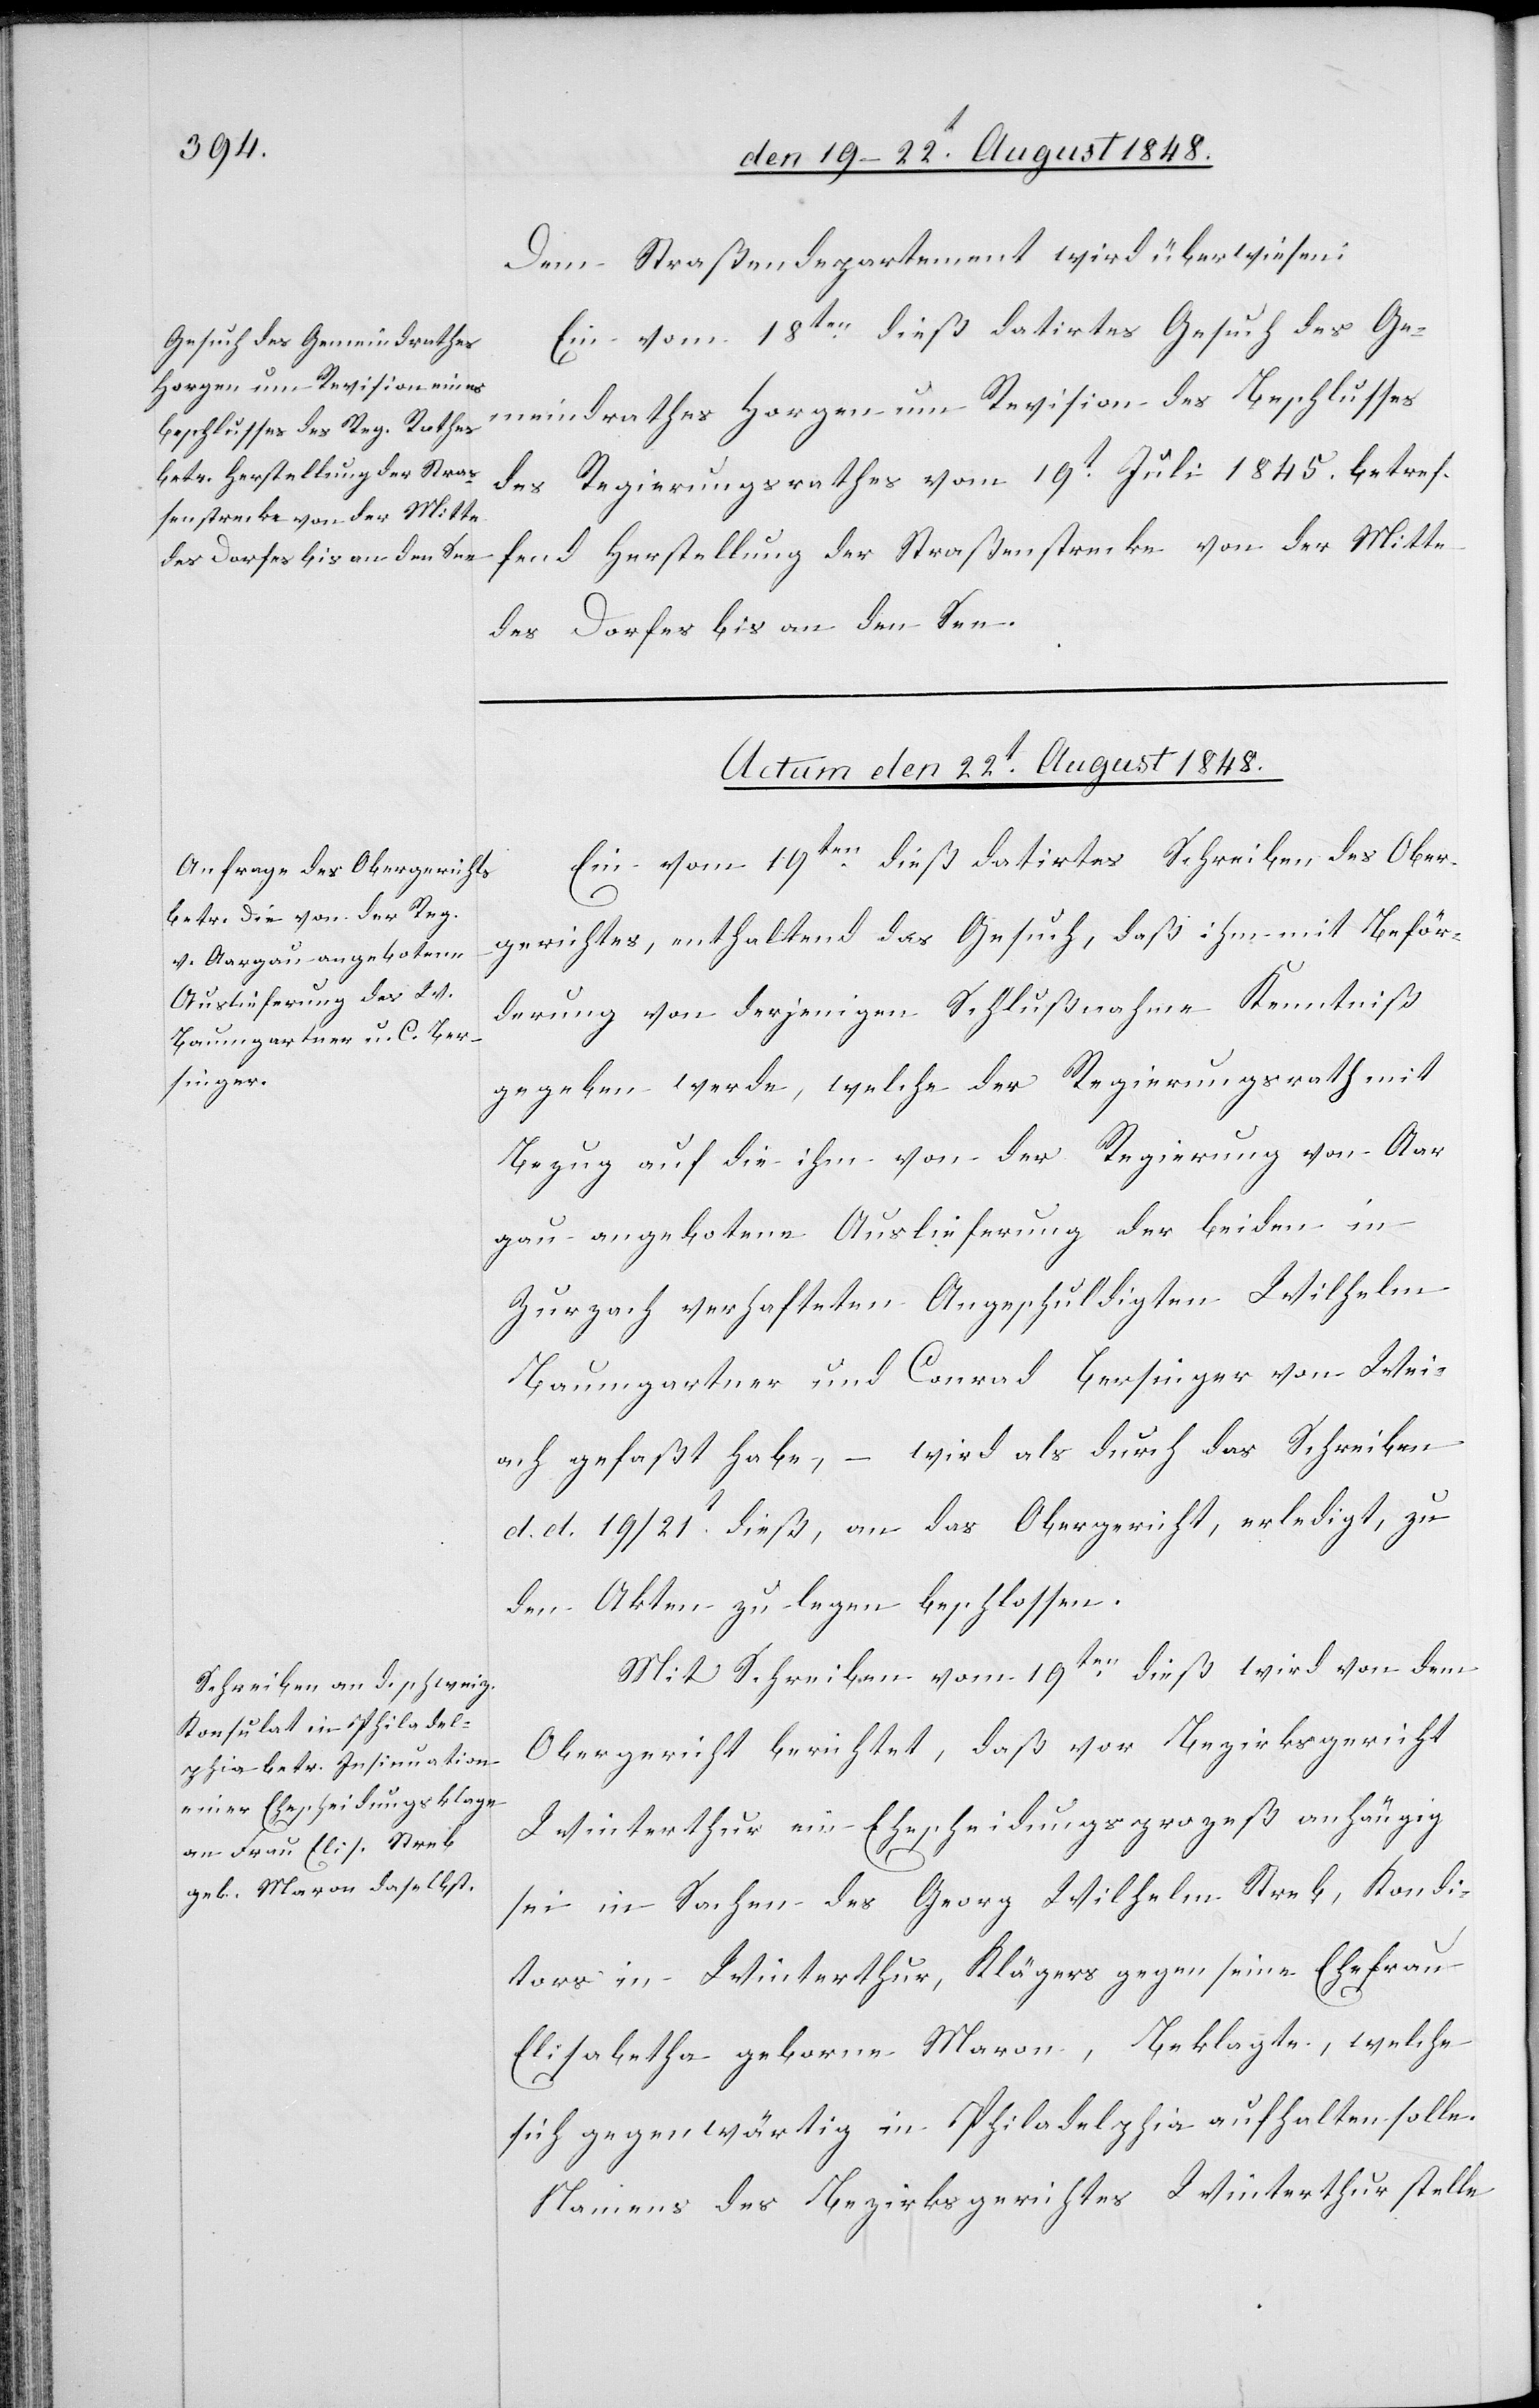
Dem Straßendepartement wird überwiesen:
Ein vom 18ten dieß datirtes Gesuch des Ge¬
meindrathes Horgen um Revision des Beschlusses
des Regierungsrathes vom 19t Juli 1845. betref¬
fend Herstellung der Straßenstrecke von der Mitte
des Dorfes bis an den See.
Actum den 22t August 1848.]
Ein vom 19ten dieß datirtes Schreiben des Ober¬
gerichtes, enthaltend das Gesuch, daß ihm mit Beför¬
derung von derjenigen Schlußnahme Kenntniß
gegeben werde, welche der Regierungsrath mit
Bezug auf die ihm von der Regierung von Aar¬
gau angebotene Auslieferung der beiden in
Zurzach verhafteten Angeschuldigten Wilhelm
Baumgartner und Conrad Bersinger von Wei¬
ach gefaßt habe, – wird als durch das Schreiben
d. d. 19/21. dieß, an das Obergericht, erledigt, zu
Mit Schreiben vom 19ten dieß wird von dem
Obergericht berichtet, daß vor Bezirksgericht
Winterthur ein Ehescheidungsprozeß anhängig
sei in Sachen des Georg Wilhelm Streb, Kondi¬
tors in Winterthur, Klägers gegen seine Ehefrau
Elisabetha geborne Maron, Beklagte, welche
sich gegenwärtig in Philadelphia aufhalten solle.
Namens des Bezirksgerichtes Winterthur stelle